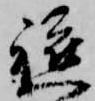
軈